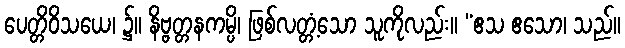
ပေတ္တိဝိသယေ၊ ၌။ နိဗ္ဗတ္တနကမ္ပိ၊ ဖြစ်လတ္တံ့သော သူကိုလည်း။ “ဧသ ဧသော၊ သည်။